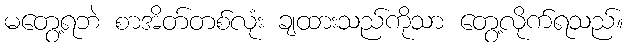
မတွေ့ရဘဲ စာအိတ်တစ်လုံး ချထားသည်ကိုသာ တွေ့လိုက်ရသည်။